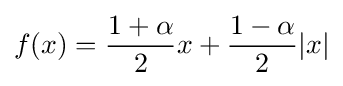
f(x)={\frac {1+\alpha }{2}}x+{\frac {1-\alpha }{2}}|x|